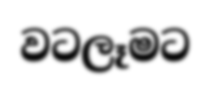
වටලෑමට